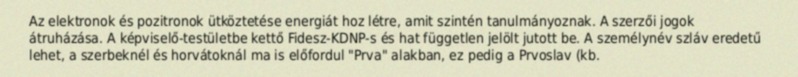
Az elektronok és pozitronok ütköztetése energiát hoz létre, amit szintén tanulmányoznak. A szerzői jogok átruházása. A képviselő-testületbe kettő Fidesz-KDNP-s és hat független jelölt jutott be. A személynév szláv eredetű lehet, a szerbeknél és horvátoknál ma is előfordul "Prva" alakban, ez pedig a Prvoslav (kb.